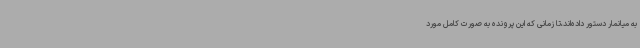
به میانمار دستور داده‌اند،تا زمانی که این پرونده به صورت کامل مورد